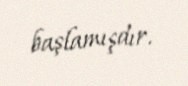
başlamışdır.